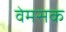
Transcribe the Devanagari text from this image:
वेमसक